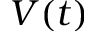
V ( t )